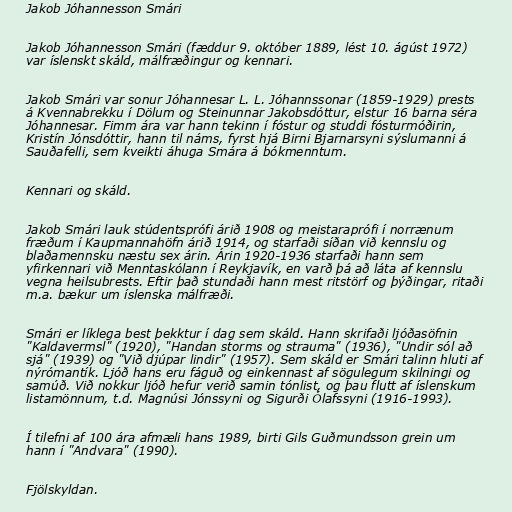
Jakob Jóhannesson Smári

Jakob Jóhannesson Smári (fæddur 9. október 1889, lést 10. ágúst 1972)
var íslenskt skáld, málfræðingur og kennari.

Jakob Smári var sonur Jóhannesar L. L. Jóhannssonar (1859-1929) prests
á Kvennabrekku í Dölum og Steinunnar Jakobsdóttur, elstur 16 barna séra
Jóhannesar. Fimm ára var hann tekinn í fóstur og studdi fósturmóðirin,
Kristín Jónsdóttir, hann til náms, fyrst hjá Birni Bjarnarsyni sýslumanni á
Sauðafelli, sem kveikti áhuga Smára á bókmenntum.

Kennari og skáld.

Jakob Smári lauk stúdentsprófi árið 1908 og meistaraprófi í norrænum
fræðum í Kaupmannahöfn árið 1914, og starfaði síðan við kennslu og
blaðamennsku næstu sex árin. Árin 1920-1936 starfaði hann sem
yfirkennari við Menntaskólann í Reykjavík, en varð þá að láta af kennslu
vegna heilsubrests. Eftir það stundaði hann mest ritstörf og þýðingar, ritaði
m.a. bækur um íslenska málfræði.

Smári er líklega best þekktur í dag sem skáld. Hann skrifaði ljóðasöfnin
"Kaldavermsl" (1920), "Handan storms og strauma" (1936), "Undir sól að
sjá" (1939) og "Við djúpar lindir" (1957). Sem skáld er Smári talinn hluti af
nýrómantík. Ljóð hans eru fáguð og einkennast af sögulegum skilningi og
samúð. Við nokkur ljóð hefur verið samin tónlist, og þau flutt af íslenskum
listamönnum, t.d. Magnúsi Jónssyni og Sigurði Ólafssyni (1916-1993).

Í tilefni af 100 ára afmæli hans 1989, birti Gils Guðmundsson grein um
hann í "Andvara" (1990).

Fjölskyldan.